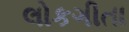
લોકગીતા